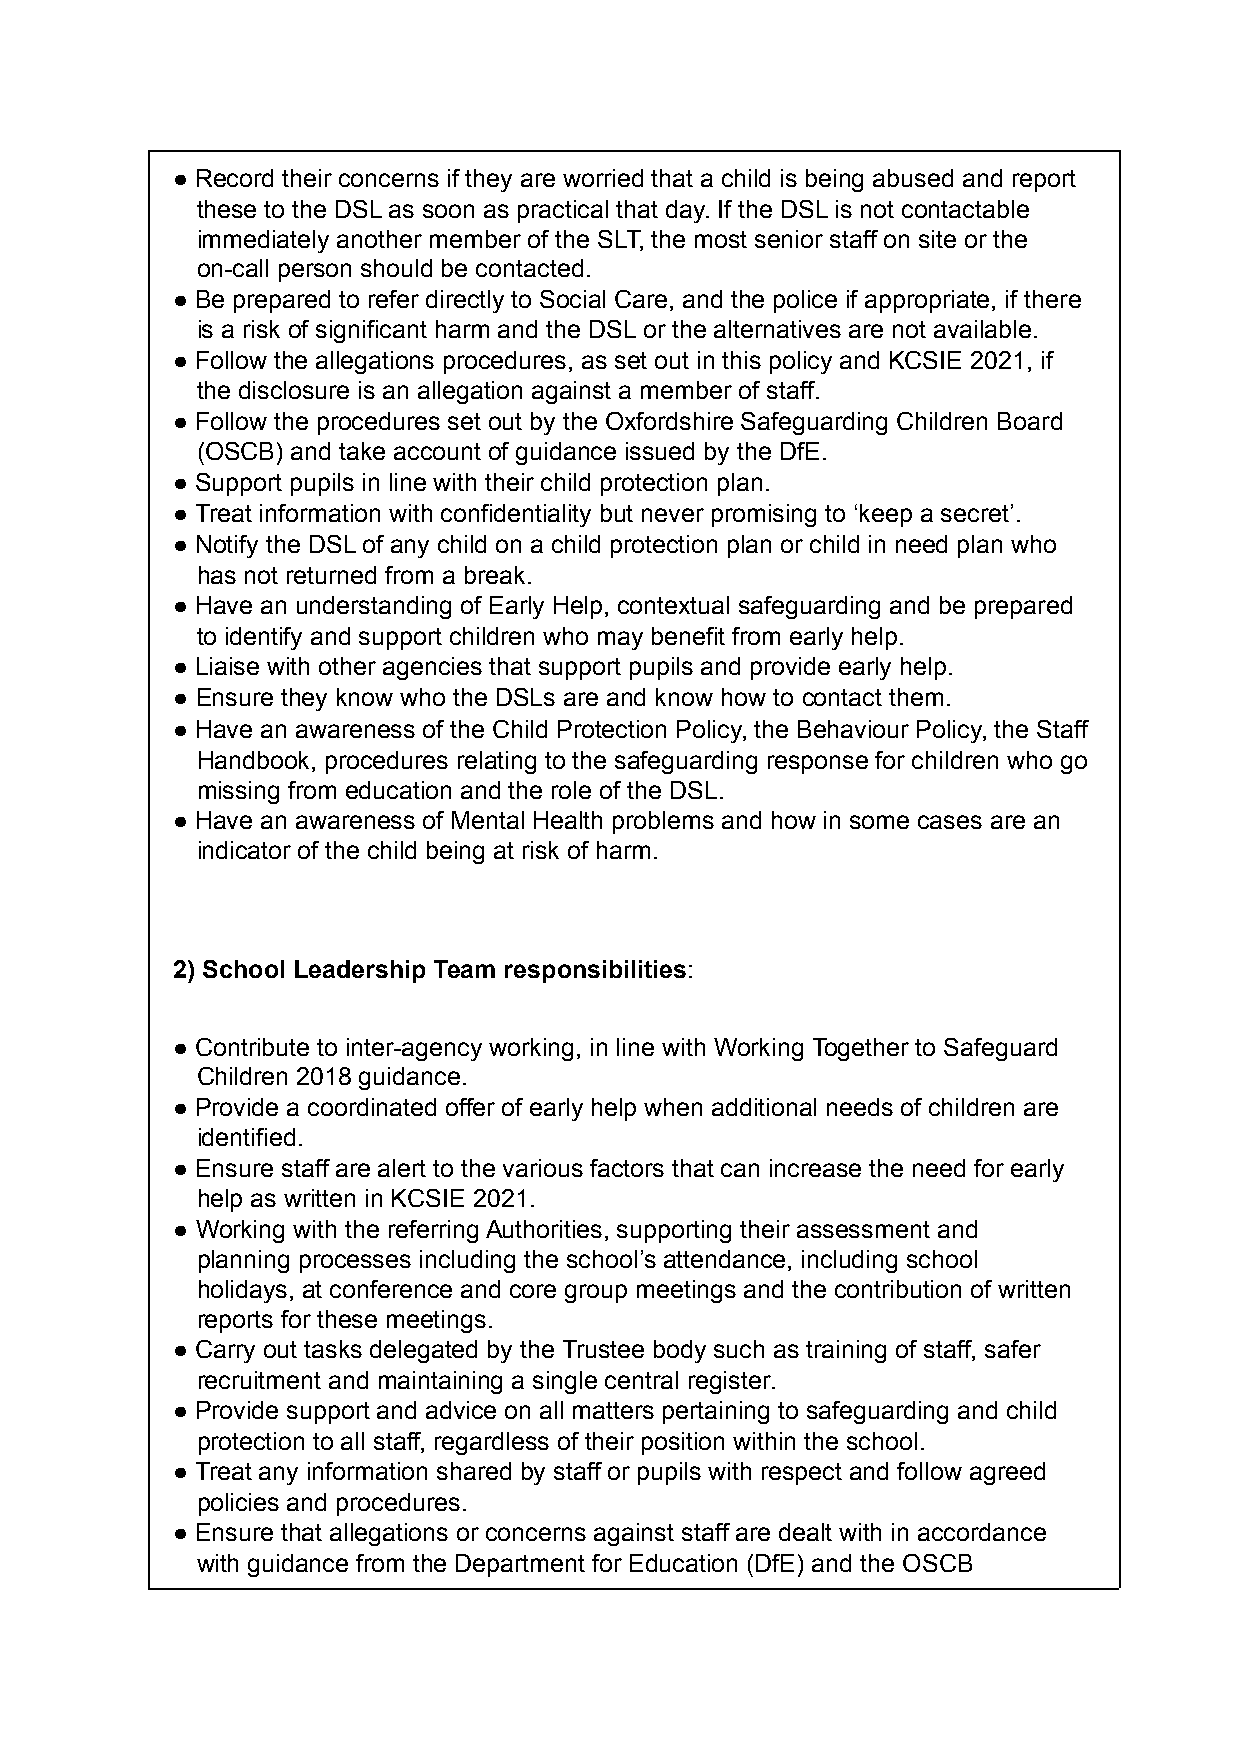
● Record their concerns if they are worried that a child is being abused and report
 these to the DSL as soon as practical that day. If the DSL is not contactable
 immediately another member of the SLT, the most senior staff on site or the
 on-call person should be contacted.
 ● Be prepared to refer directly to Social Care, and the police if appropriate, if there
 is a risk of significant harm and the DSL or the alternatives are not available.
 ● Follow the allegations procedures, as set out in this policy and KCSIE 2021, if
 the disclosure is an allegation against a member of staff.
 ● Follow the procedures set out by the Oxfordshire Safeguarding Children Board
 (OSCB) and take account of guidance issued by the DfE.
 ● Support pupils in line with their child protection plan.
 ● Treat information with confidentiality but never promising to ‘keep a secret’.
 ● Notify the DSL of any child on a child protection plan or child in need plan who
 has not returned from a break.
 ● Have an understanding of Early Help, contextual safeguarding and be prepared
 to identify and support children who may benefit from early help.
 ● Liaise with other agencies that support pupils and provide early help.
 ● Ensure they know who the DSLs are and know how to contact them.
 ● Have an awareness of the Child Protection Policy, the Behaviour Policy, the Staff
 Handbook, procedures relating to the safeguarding response for children who go
 missing from education and the role of the DSL.
 ● Have an awareness of Mental Health problems and how in some cases are an
 indicator of the child being at risk of harm.
 2) School Leadership Team responsibilities:
 ● Contribute to inter-agency working, in line with Working Together to Safeguard
 Children 2018 guidance.
 ● Provide a coordinated offer of early help when additional needs of children are
 identified.
 ● Ensure staff are alert to the various factors that can increase the need for early
 help as written in KCSIE 2021.
 ● Working with the referring Authorities, supporting their assessment and
 planning processes including the school’s attendance, including school
 holidays, at conference and core group meetings and the contribution of written
 reports for these meetings.
 ● Carry out tasks delegated by the Trustee body such as training of staff, safer
 recruitment and maintaining a single central register.
 ● Provide support and advice on all matters pertaining to safeguarding and child
 protection to all staff, regardless of their position within the school.
 ● Treat any information shared by staff or pupils with respect and follow agreed
 policies and procedures.
 ● Ensure that allegations or concerns against staff are dealt with in accordance
 with guidance from the Department for Education (DfE) and the OSCB